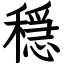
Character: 穏